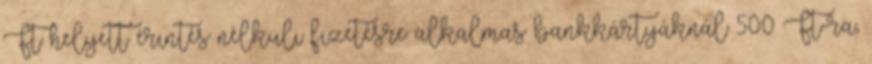
Ft helyett érintés nélküli fizetésre alkalmas bankkártyáknál 500 Ft-ra,